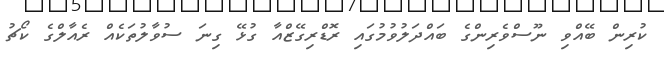
ކުރިން ބޭއްވި ނޫސްވެރިންގެ ބައްދަލުވުމުގައި ރޮޑްރިގޭޒްއާ ގުޅޭ ގިނަ ސުވާލުތަކެއް ރެއާލްގެ ކޯޗު